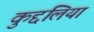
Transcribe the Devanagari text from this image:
कुद्दलिया